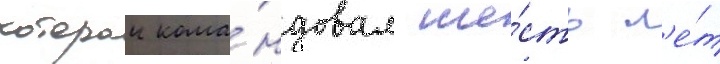
которои кома́ндовал ше́сть л'е́т